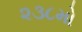
૨૩૮મો